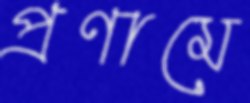
প্রণামে